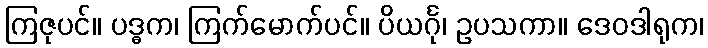
ကြဇုပင်။ ပဒ္ဓက၊ ကြက်မောက်ပင်။ ပိယင်္ဂု၊ ဥပသကာ။ ဒေဝဒါရုက၊